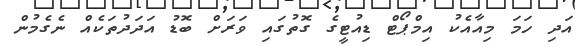
އަދި ހަމަ މިއާއެކު އިމްޕޯޓް ޑިއުޓީގެ ގޮތުގައި ވަރަށް ބޮޑު އަދަދުތަކެއް ނެގެމުން